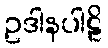
ဥဒါနပါဠိ